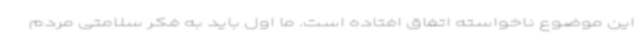
این موضوع ناخواسته اتفاق افتاده است. ما اول باید به فکر سلامتی مردم